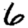
Digit: 6